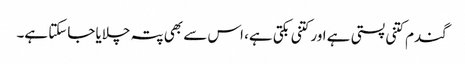
گندم کتنی پستی ہے اور کتنی بکتی ہے، اس سے بھی پتہ چلایا جاسکتا ہے۔